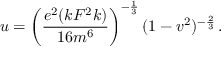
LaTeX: u = \left( \frac { e ^ { 2 } ( k F ^ { 2 } k ) } { 1 6 m ^ { 6 } } \right) ^ { - \frac { 1 } { 3 } } ( 1 - v ^ { 2 } ) ^ { - \frac { 2 } { 3 } } \, .